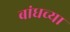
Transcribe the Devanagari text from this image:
बांधच्या